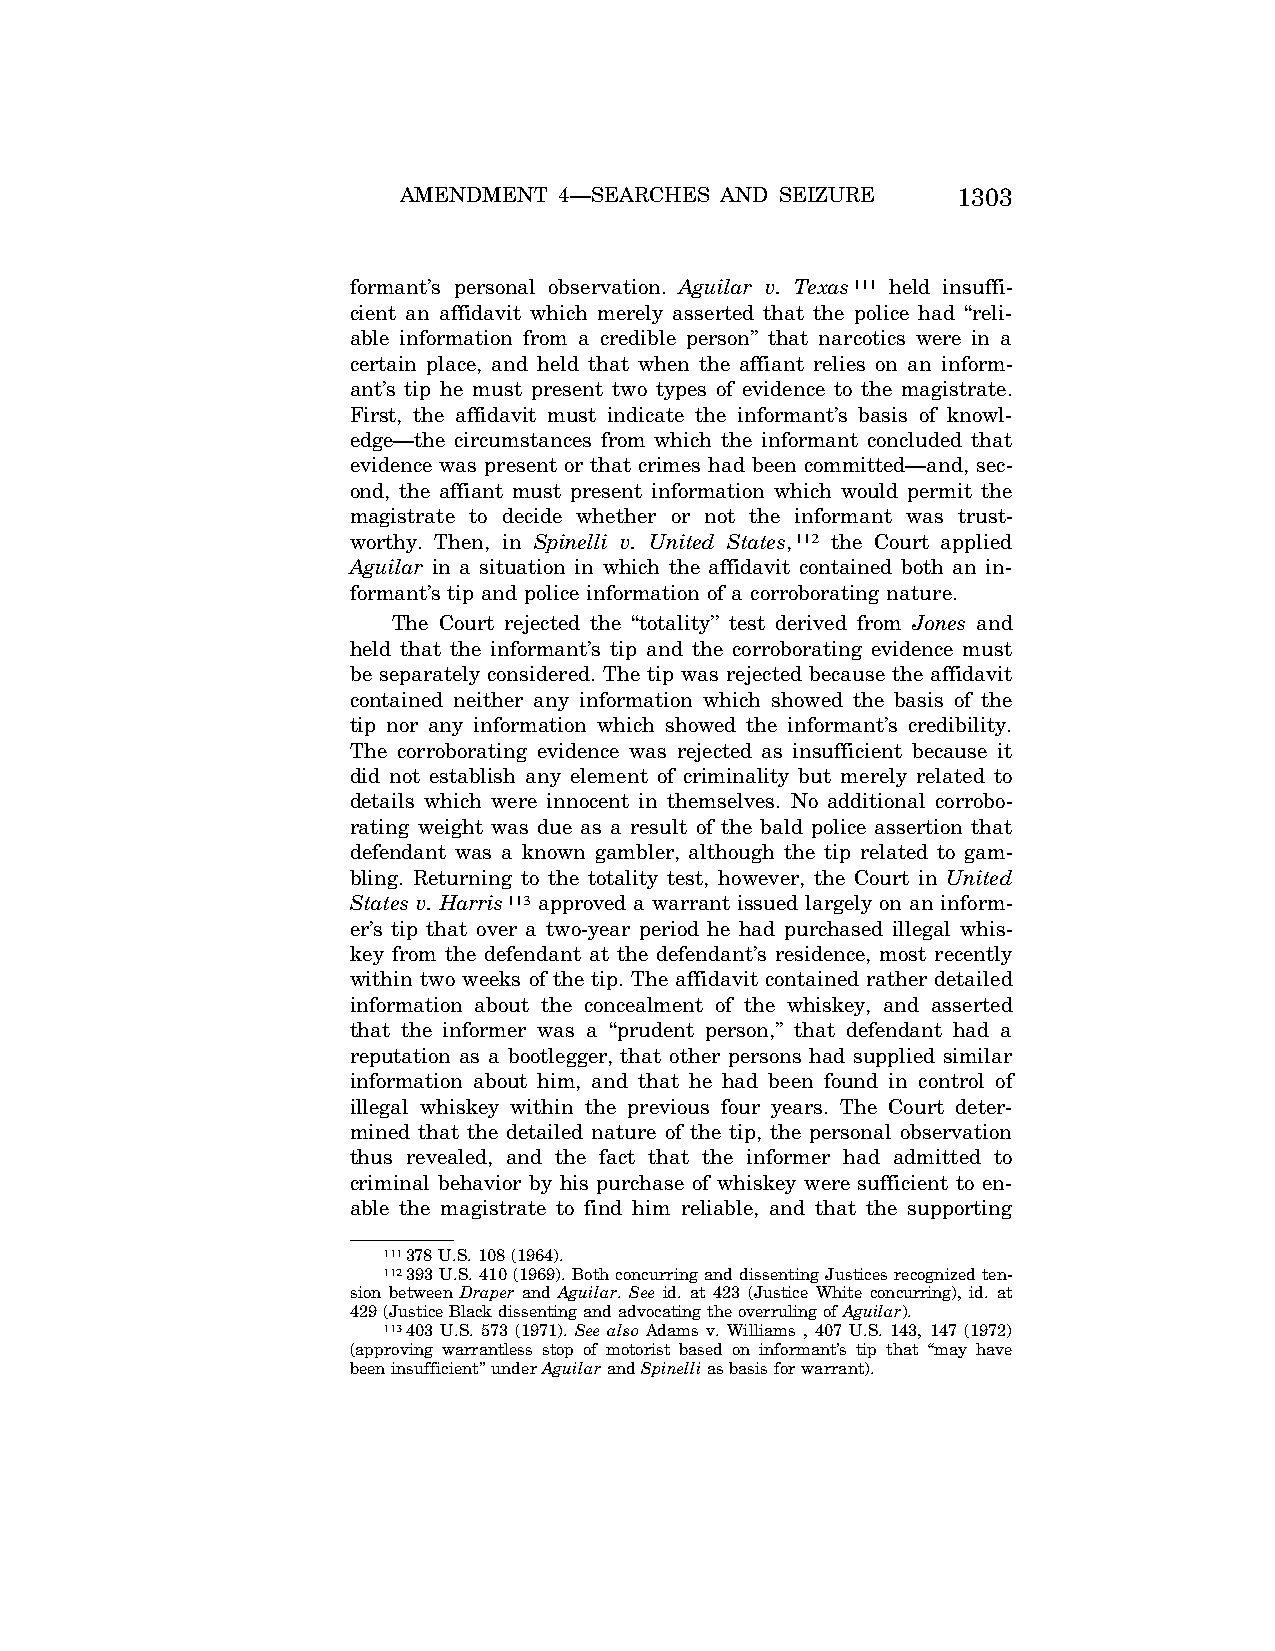
AMENDMENT  4—SEARCHES AND SEIZURE    1303
 formant’s personal observation. Aguilar v. Texas111 held insuffi-
 cient an affidavit which merely asserted that the police had ‘‘reli-
 able information from a credible person’’ that narcotics were in a
 certain place, and held that when the affiant relies on an inform-
 ant’s tip he must present two types of evidence to the magistrate.
 First, the affidavit must indicate the informant’s basis of knowl-
 edge—the circumstances from which the informant concluded that
 evidence was present or that crimes had been committed—and, sec-
 ond, the affiant must present information which would permit the
 magistrate to decide whether or not the informant was trust-
 worthy. Then, in Spinelli v. United States,112 the Court applied
 Aguilar in a situation in which the affidavit contained both an in-
 formant’s tip and police information of a corroborating nature.
 The Court rejected the ‘‘totality’’ test derived from Jones and
 held that the informant’s tip and the corroborating evidence must
 be separately considered. The tip was rejected because the affidavit
 contained neither any information which showed the basis of the
 tip nor any information which showed the informant’s credibility.
 The corroborating evidence was rejected as insufficient because it
 did not establish any element of criminality but merely related to
 details which were innocent in themselves. No additional corrobo-
 rating weight was due as a result of the bald police assertion that
 defendant was a known gambler, although the tip related to gam-
 bling. Returning to the totality test, however, the Court in United
 States v. Harris113 approved a warrant issued largely on an inform-
 er’s tip that over a two-year period he had purchased illegal whis-
 key from the defendant at the defendant’s residence, most recently
 within two weeks of the tip. The affidavit contained rather detailed
 information about the concealment of the whiskey, and asserted
 that the informer was a ‘‘prudent person,’’ that defendant had a
 reputation as a bootlegger, that other persons had supplied similar
 information about him, and that he had been found in control of
 illegal whiskey within the previous four years. The Court deter-
 mined that the detailed nature of the tip, the personal observation
 thus revealed, and the fact that the informer had admitted to
 criminal behavior by his purchase of whiskey were sufficient to en-
 able the magistrate to find him reliable, and that the supporting
 111378 U.S. 108 (1964).
 112393 U.S. 410 (1969). Both concurring and dissenting Justices recognized ten-
 sion between Draper and Aguilar. See id. at 423 (Justice White concurring), id. at
 429 (Justice Black dissenting and advocating the overruling of Aguilar).
 113403 U.S. 573 (1971). See also Adams v. Williams , 407 U.S. 143, 147 (1972)
 (approving warrantless stop of motorist based on informant’s tip that ‘‘may have
 been insufficient’’ under AguilarandSpinellias basis for warrant).
 VerDate Apr<15>2004 09:55 Jun 25, 2004 Jkt 077500 PO 00000 Frm 00023 Fmt 8222 Sfmt 8222 C:\CONAN\CON028.SGM PRFM99 PsN: CON028